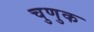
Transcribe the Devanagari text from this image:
चुणुक